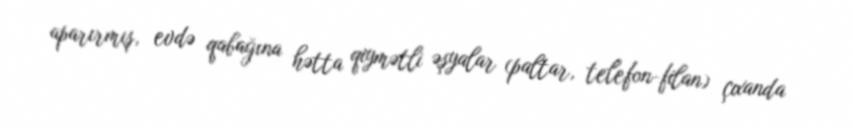
aparırmış, evdə qabağına hətta qiymətli əşyalar (paltar, telefon-filan) çıxanda